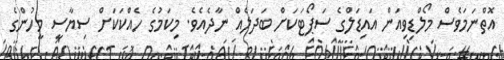
އޮތްނަމަވެސް މޯލްޑިވިއަން އައިޑަލްގެ ސަޕޯޓަކަށް ބަދަލެއް ނާދެއެވެ. މިކަމުގެ ހެއްކަކަށް ސިޔާސީ މީހުންގެ